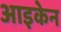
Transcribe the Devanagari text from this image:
आइकेन